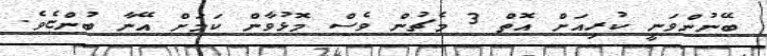
ބޭނުންވަނީ ކުރިއަށް އޮތް 3 މެޗުން ވެސް މޮޅުވާން ކަމަށް އޭނާ ބުންޏެވެ.